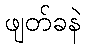
ဖျတ်ခနဲ